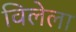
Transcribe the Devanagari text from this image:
विलेला